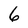
Character: 6